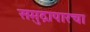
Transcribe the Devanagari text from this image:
समुद्रापारचा